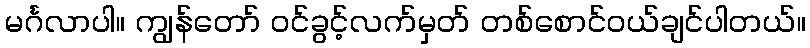
မင်္ဂလာပါ။ ကျွန်တော် ဝင်ခွင့်လက်မှတ် တစ်စောင်ဝယ်ချင်ပါတယ်။